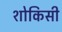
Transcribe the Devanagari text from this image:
शोकिसी